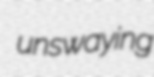
unswaying